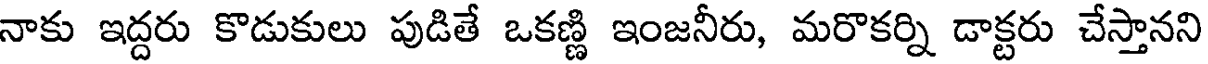
నాకు ఇద్దరు కొడుకులు పుడితే ఒకణ్ణి ఇంజనీరు, మరొకర్ని డాక్టరు చేస్తానని